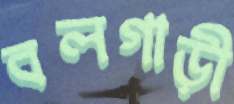
বলগাড়ী